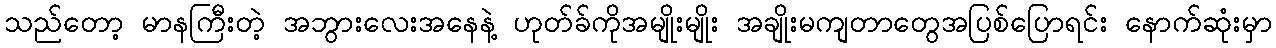
သည်တော့ မာနကြီးတဲ့ အဘွားလေးအနေနဲ့ ဟုတ်ခ်ကိုအမျိုးမျိုး အချိုးမကျတာတွေအပြစ်ပြောရင်း နောက်ဆုံးမှာ